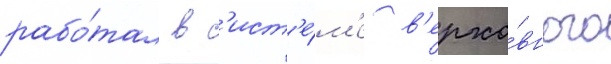
рабо́тал в с'ист'е́м'е в'ерхо́вного